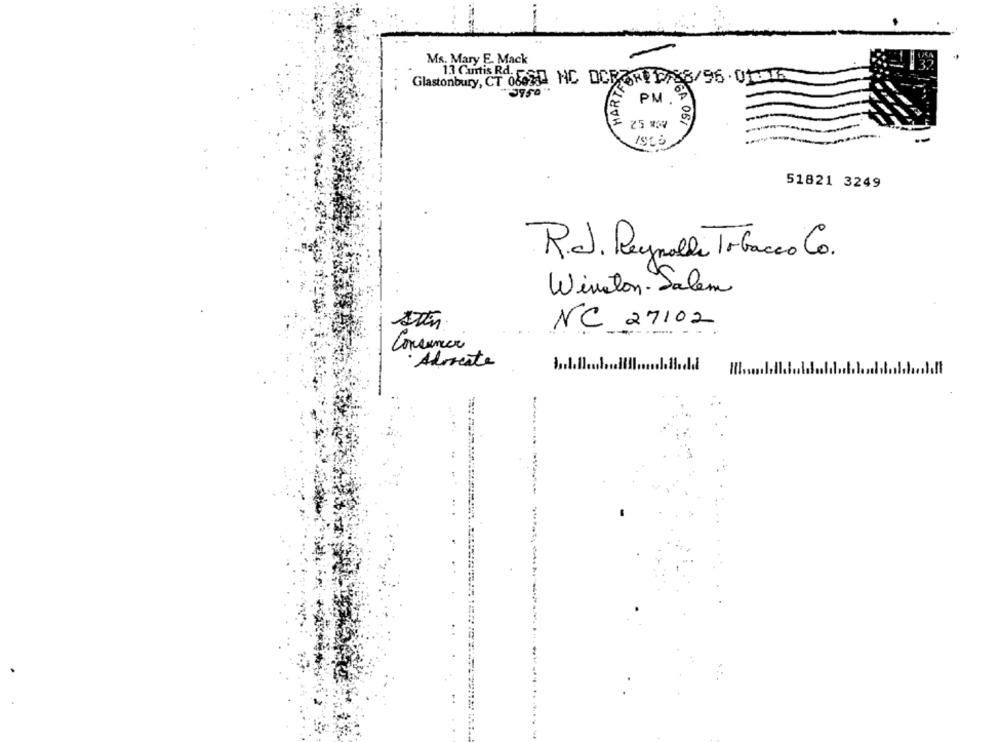
Ms. Mary E. Mack
13 Curtis Rd.
Glastonbury, CT 086214 HC DCF RE 2/88/96 . 0115
"3950 "
PM . »
-
25 80
51821 3249
R.J. Reynolds Tobacco Co.
Winston- Salem
NC 27102
Consumer
·Advocate
..